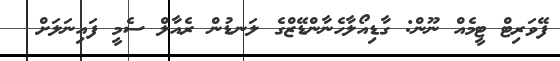
ފޭވަރިޓް ޓީމެއް ނޫން: ގާޑިއޯލާހެނާންޑޭޒްގެ ލަނޑުން ރެއާލް ސެމީ ފައިނަލަށް